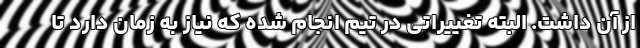
از آن داشت. البته تغییراتی در تیم انجام شده که نیاز به زمان دارد تا